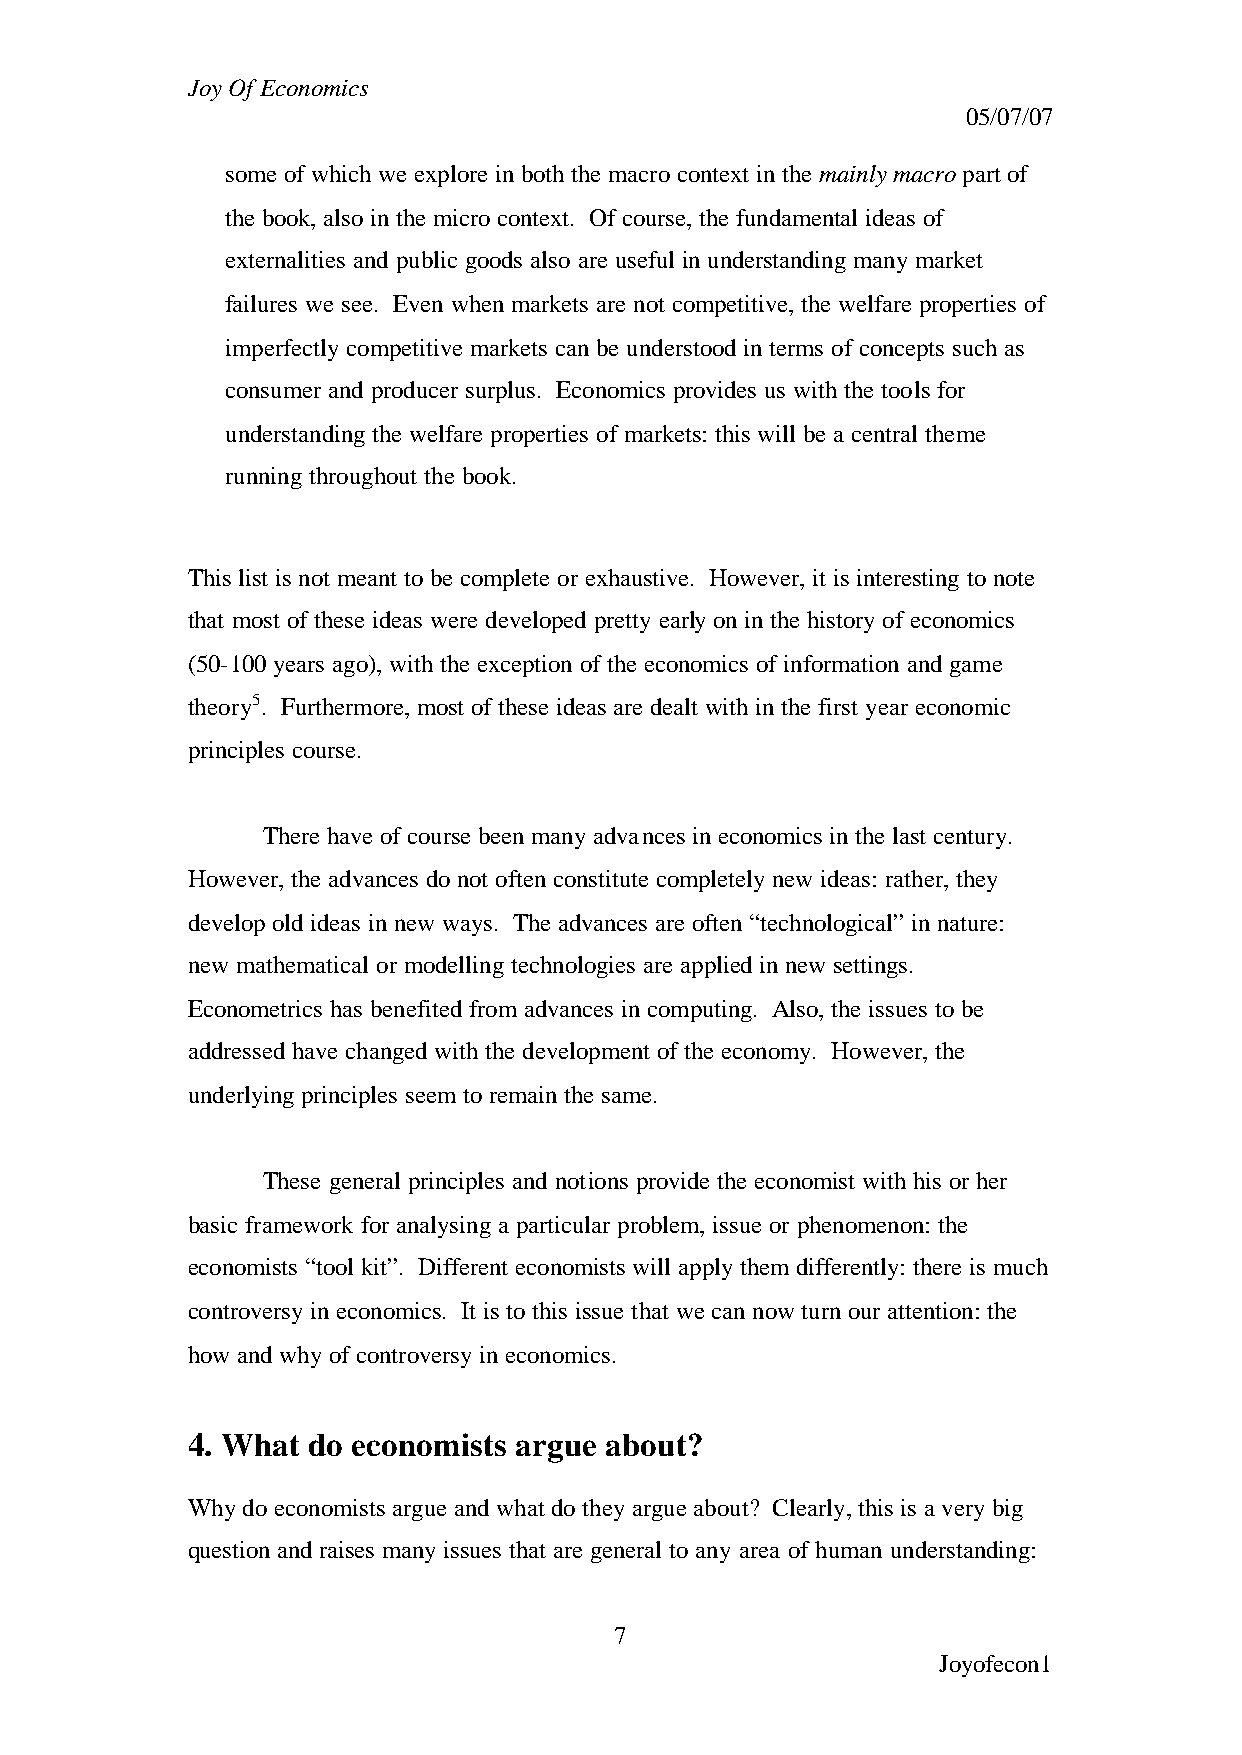
Joy Of Economics
 05/07/07
 some of which we explore in both the macro context in the mainly macro part of
 the book, also in the micro context. Of course, the fundamental ideas of
 externalities and public goods also are useful in understanding many market
 failures we see. Even when markets are not competitive, the welfare properties of
 imperfectly competitive markets can be understood in terms of concepts such as
 consumer and producer surplus. Economics provides us with the tools for
 understanding the welfare properties of markets: this will be a central theme
 running throughout the book.
 This list is not meant to be complete or exhaustive. However, it is interesting to note
 that most of these ideas were developed pretty early on in the history of economics
 (50-100 years ago), with the exception of the economics of information and game
 theory5. Furthermore, most of these ideas are dealt with in the first year economic
 principles course.
 There have of course been many advances in economics in the last century.
 However, the advances do not often constitute completely new ideas: rather, they
 develop old ideas in new ways. The advances are often “technological” in nature:
 new mathematical or modelling technologies are applied in new settings.
 Econometrics has benefited from advances in computing. Also, the issues to be
 addressed have changed with the development of the economy. However, the
 underlying principles seem to remain the same.
 These general principles and notions provide the economist with his or her
 basic framework for analysing a particular problem, issue or phenomenon: the
 economists “tool kit”. Different economists will apply them differently: there is much
 controversy in economics. It is to this issue that we can now turn our attention: the
 how and why of controversy in economics.
 4. What do economists argue about?
 Why do economists argue and what do they argue about? Clearly, this is a very big
 question and raises many issues that are general to any area of human understanding:
 7
 Joyofecon1